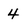
Character: 4